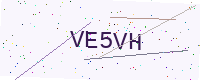
Text: VE5VH